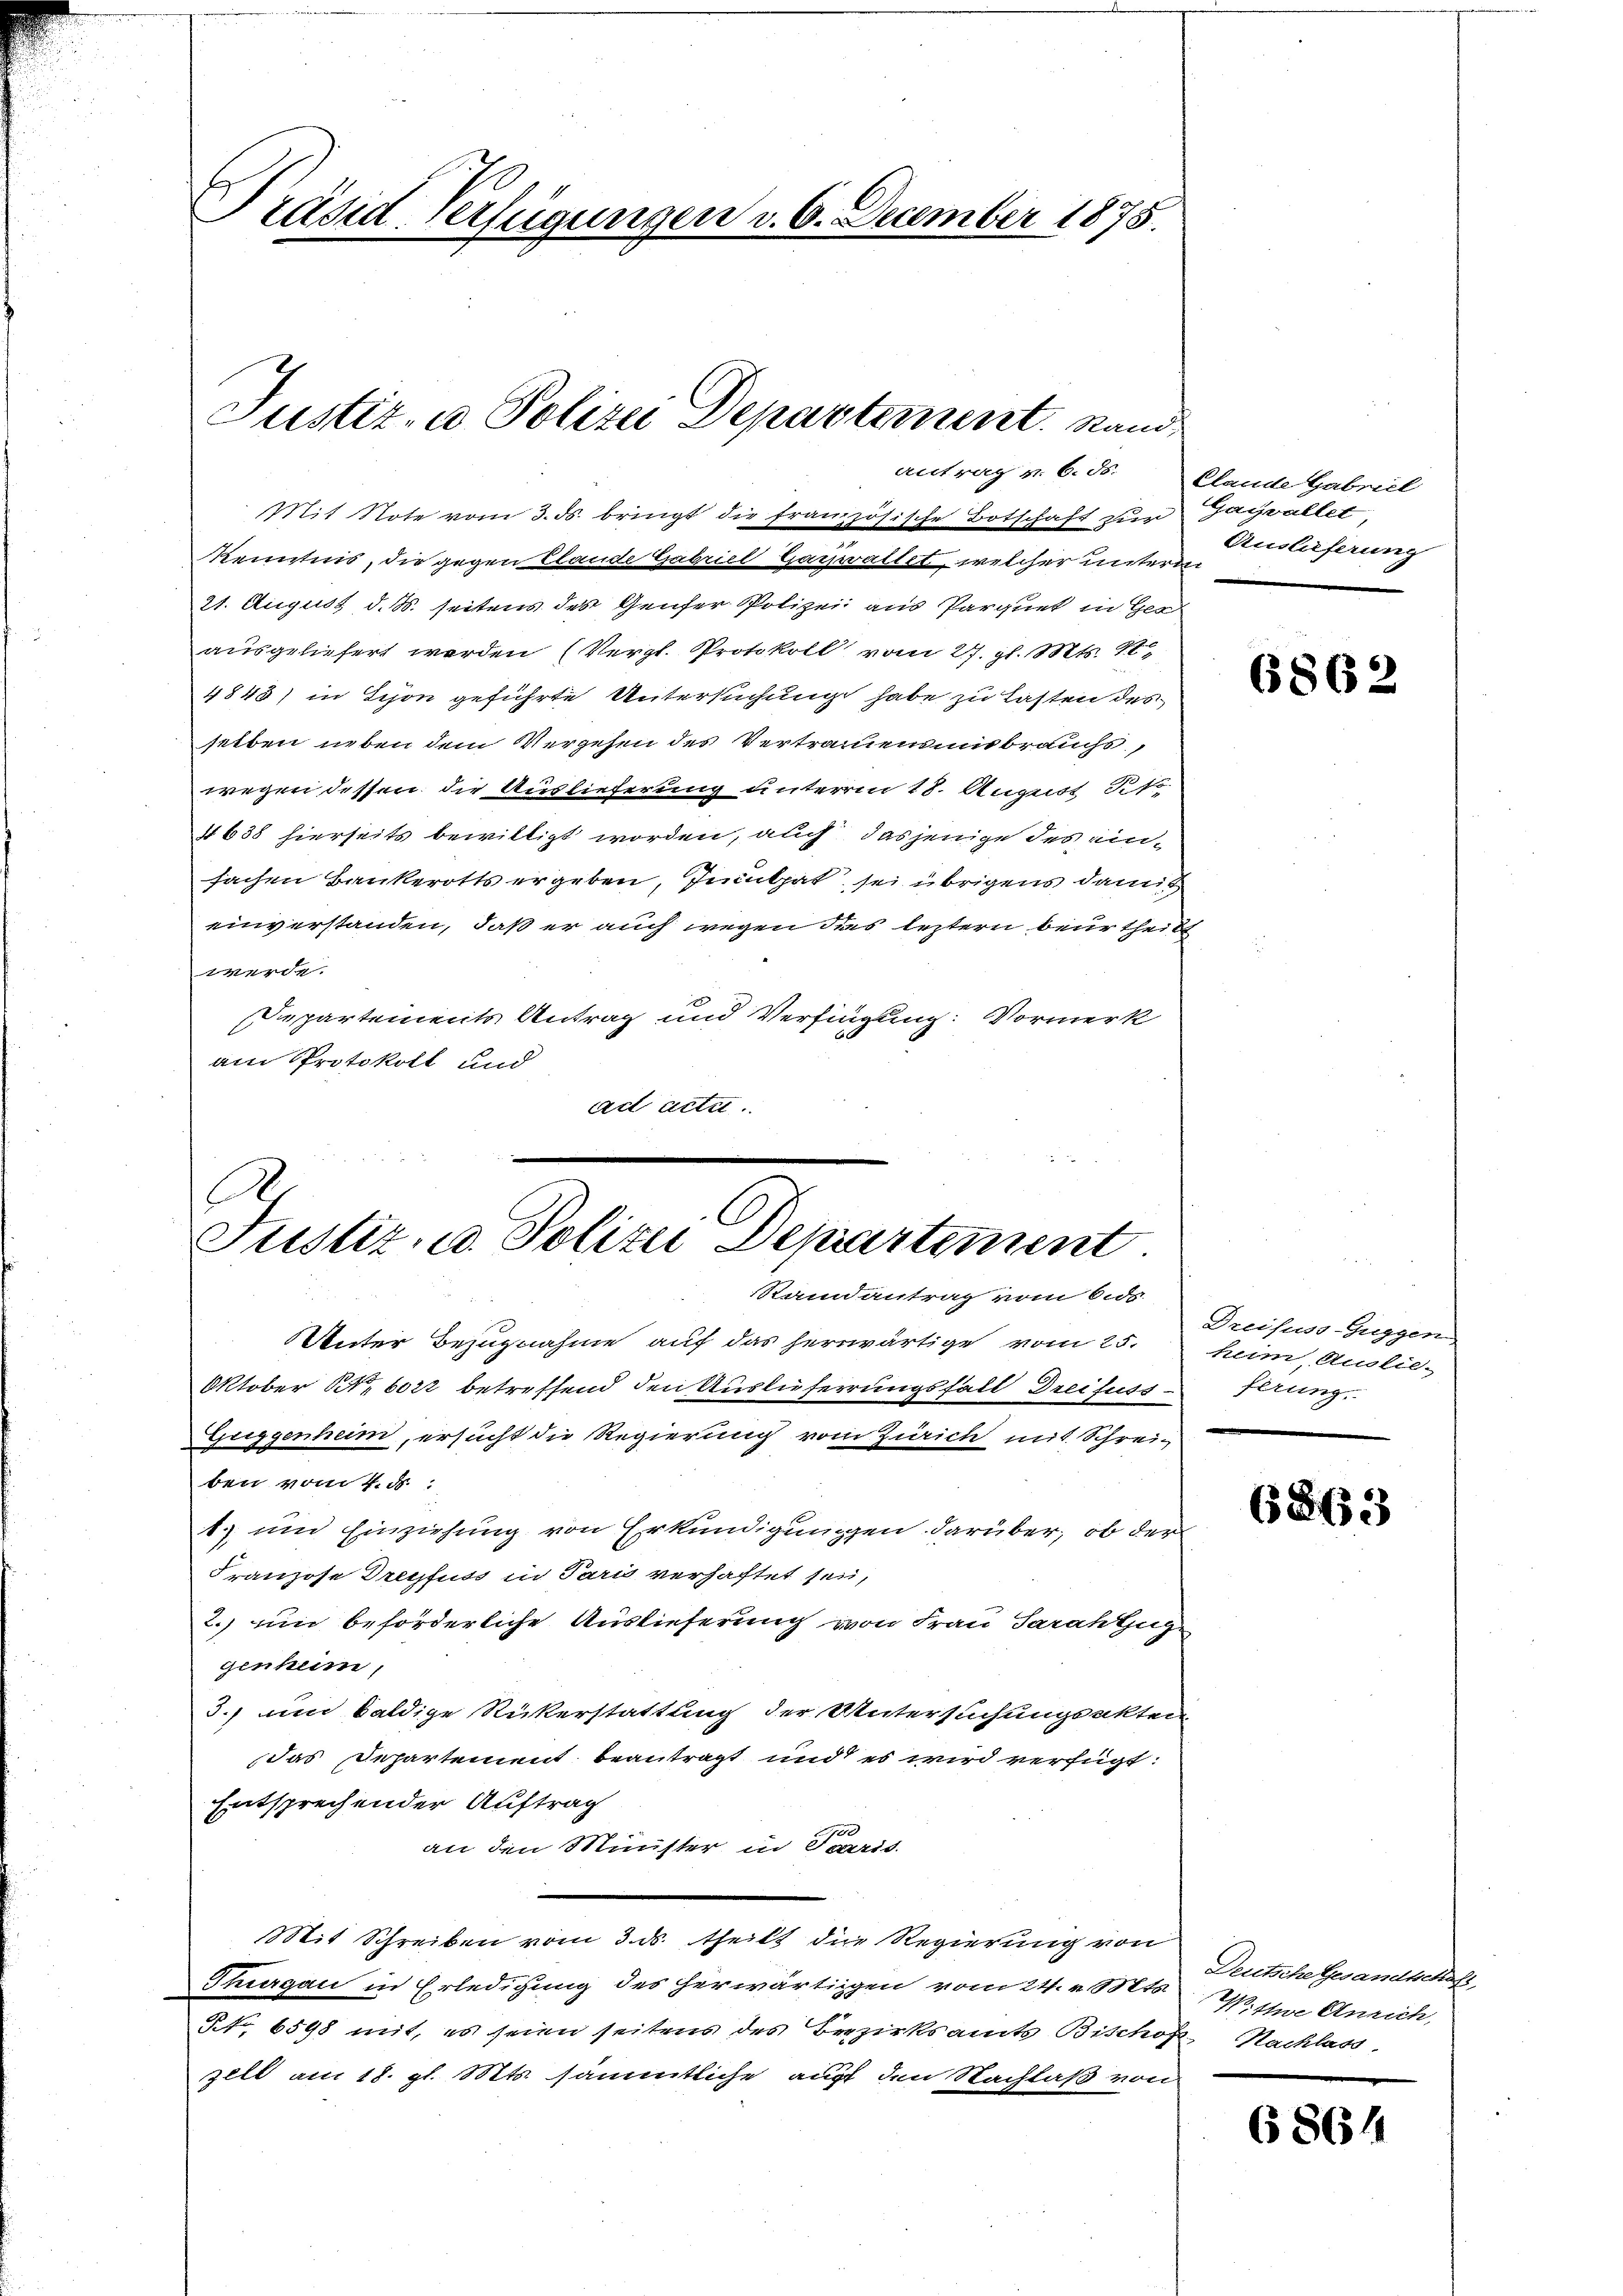
Präsid-Verfügungen v. 6. December 1875.

Justiz- u Polizei Departement. Stand
antrag v. 6. ds. Clande Gabriel

Mit Note vom 3. ds. bringt die französische Botschaft zur Jagvallet,
Kenntnis, die gegen Elande Gabriel Garwaltet, welcher unterm
21. August d. M. seitens des Genfer Polizei aus Parquet in Ger
ausgeliefert werden (Vergl. Protokoll vom 27. gl. Mts. 18
4845) in Schon geführte Untersuchung habe zu Lasten des
selben neben dem Vergehen des Vertrauensmisbrauchs,
wegen dessen die Auslieferung unterm 18. August Sto
4638 hierseits bewilligt worden, auch dasjenige des einfachen Bankerotts ergeben, Inculpat sei übrigens damit
einverstanden, daß er auch wegen dies leztern beurtheilt
d
Departements Antrag und Verfingung: Vormerk
am Protokoll und
ad acte

6
Justiz- u. Polize Departement
Randantrag vom 6. ds.

Unter Bezugnahme auf das herwärtige vom 25. heim, Auslie¬
Oktober Nr. 6022 betreffend den Auslieferrungsfall Dreifuss
Zeiggenheim, ersucht die Regierung vom Zürich mit Schreiben vom 4. d.
1. und Einziehung von Erkundigungen darüber, ob der
Franzose Dreyfuss in Paris verhaftet sei,
2.) um beförderliche Auslieferung von Frau Sarah zuge
genheim,
3. um baldige Rückerstattung der Untersuchungsakten
das Departement beantragt und es wird verfügt:
Entsprechender Auftrag
.
an den Münster in Paris
Mit Schreiben vom 3. ds. theilt die Regierung von
Thurgau in Erledigung des herwärtigen vom 24. v. Mts.
NNo. 6598 mit, es seien seitens des Bezirksamts Bischof Nachlass
zllt am 18. gl. Mts. sämmtliche auf den Nachlaß von

Auslieferung

6862

Dreifuss-Guggen
ferung.

683

Deutsche Gesamtschaf
W. ttwe Anrich,

6864